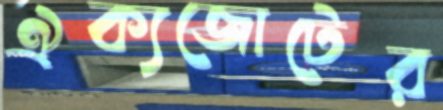
ঐক্যজোটের